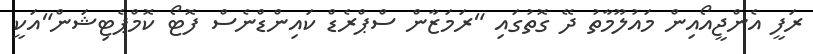
ރަފީ އެންޖީއޯއިން މައުލޫމާތު ދޭ ގޮތުގައި "ރަމަޒާން ސްޕްރެޑް ކައިންޑްނެސް ފޮޓޯ ކޮމްޕެޓިޝަން"އަކީ